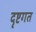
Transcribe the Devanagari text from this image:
दृष्टगत